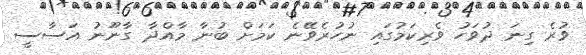
ވުރެ ގިނަ ދުވަހު ވެރިކަމުގައި ނުހުރެވޭނެ ކަމަށް ބުނާ މާއްދާ ގާނޫނު އަސާސީ